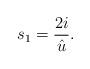
LaTeX: \begin{align*}s_{1}=\frac{2i}{\hat{u}}.\end{align*}